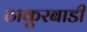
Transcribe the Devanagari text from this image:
ठाकुरबाडी